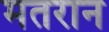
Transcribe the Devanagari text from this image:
मतरान